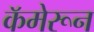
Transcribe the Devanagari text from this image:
कॅमेरून